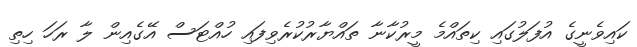
ކައިވެނީގެ އުފަލުގައި ކިތައްމެ މީރުކާނާ ތައްޔާރުކުރެވިފައި ހުއްޓަސް އޭގެއިން ލާ ރަހަ ހިތި